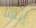
إنها